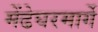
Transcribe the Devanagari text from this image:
मेंढेघरमार्गे